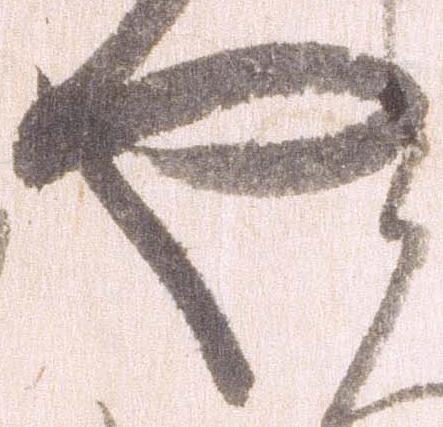
や